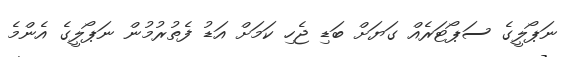
ނަޕޯލީގެ ސަޕޯޓަރެއް ގަޔަށް ބަޑި ޖެހި ކަމަށް އަޑު ފެތުރުމުން ނަޕޯލީގެ އެންމެ